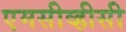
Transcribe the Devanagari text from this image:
एमसीव्हीसी